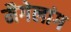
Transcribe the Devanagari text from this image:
मैगेलांग